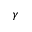
\gamma